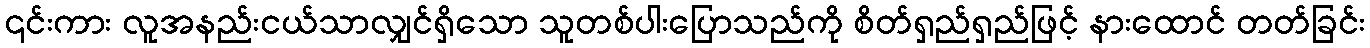
၎င်းကား လူအနည်းငယ်သာလျှင်ရှိသော သူတစ်ပါးပြောသည်ကို စိတ်ရှည်ရှည်ဖြင့် နားထောင် တတ်ခြင်း